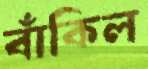
বাঁকিল